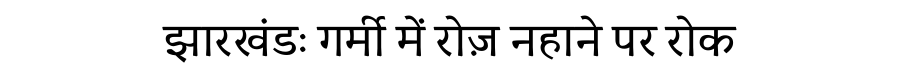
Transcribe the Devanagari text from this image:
झारखंडः गर्मी में रोज़ नहाने पर रोक